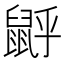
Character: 𪕉